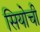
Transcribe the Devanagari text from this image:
सियोची